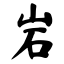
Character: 岩